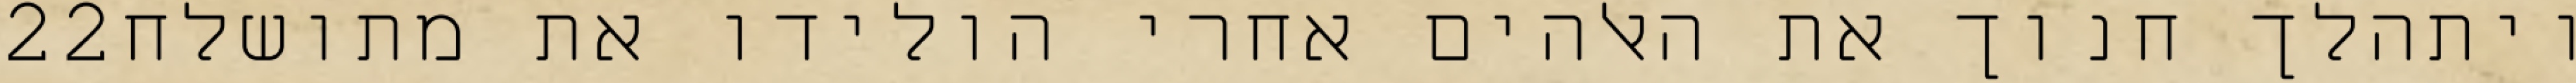
‎22‏ ויתהלך חנוך את האלהים אחרי הולידו את מתושלח